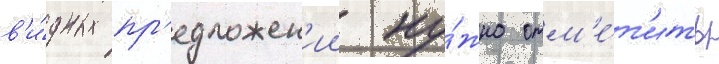
в'и́дных пр'едложен'ии ну́жно отм'е́т'ить